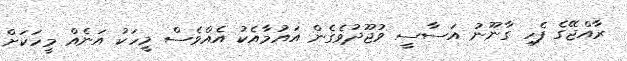
ރާއްޖޭގެ ފެހި ގާނޫނު އަސާސީ ވުޖޫދުވެގެން އައުމާއެކު އެއްވެސް މީހަކު އަނެއް މީހަކަށް